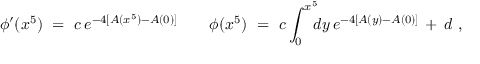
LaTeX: \phi ^ { \prime } ( x ^ { 5 } ) \ = \ c \, e ^ { - 4 [ A ( x ^ { 5 } ) - A ( 0 ) ] } \qquad \phi ( x ^ { 5 } ) \ = \ c \int _ { 0 } ^ { x ^ { 5 } } \! \! \! d y \, e ^ { - 4 [ A ( y ) - A ( 0 ) ] } \, + \, d \ ,